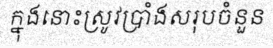
ក្នុងនោះស្រូវប្រាំងសរុបចំនួន